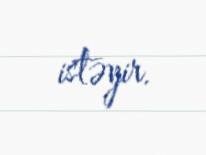
istəyir.